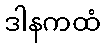
ဒါနကထံ